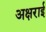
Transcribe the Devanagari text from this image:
अक्षराई